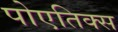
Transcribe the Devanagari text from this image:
पोएतिक्स